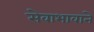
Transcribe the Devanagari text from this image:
सेवाभावाने